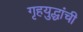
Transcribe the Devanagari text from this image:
गृहयुद्धांची